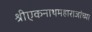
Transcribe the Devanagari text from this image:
श्रीएकनाथमहाराजांच्या